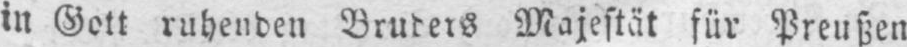
in Gott ruhenden Bruders Majestät für Preußen